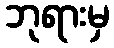
ဘုရားမှ